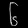
Digit: ၆